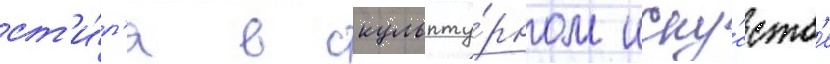
ст'и́л'я в скульпту́рном иску́сств'е